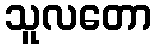
သူလတော